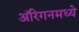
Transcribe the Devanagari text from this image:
ऑरेगनमध्ये